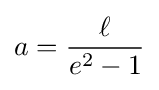
a={\ell  \over e^{2}-1}